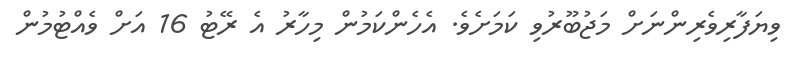
ވިޔަފާރިވެރިންނަށް މަޖުބޫރުވި ކަމަށެވެ. އެހެންކަމުން މިހާރު އެ ރޭޓު 16 އަށް ވެއްޓުމުން